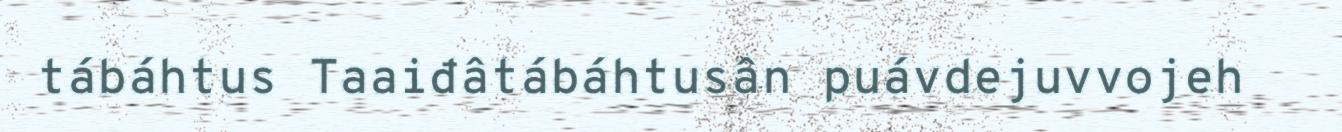
tábáhtus Taaiđâtábáhtusân puávdejuvvojeh